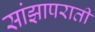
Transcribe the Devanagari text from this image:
सांझापराती